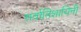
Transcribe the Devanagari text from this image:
सर्वातिशायिनी